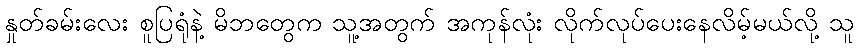
နှုတ်ခမ်းလေး စူပြရုံနဲ့ မိဘတွေက သူ့အတွက် အကုန်လုံး လိုက်လုပ်ပေးနေလိမ့်မယ်လို့ သူ